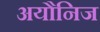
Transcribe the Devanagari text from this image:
अयौनिज